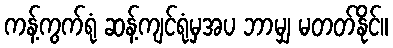
ကန့်ကွက်ရုံ ဆန့်ကျင်ရုံမှအပ ဘာမျှ မတတ်နိုင်။